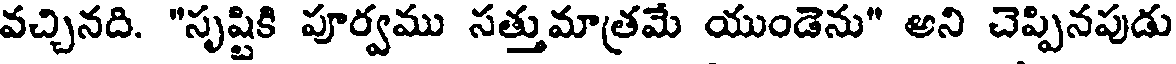
వచ్చినది. "సృష్టికి పూర్వము సత్తుమాత్రమే యుండెను" అని చెప్పినపుడు